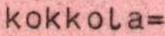
kokkola=